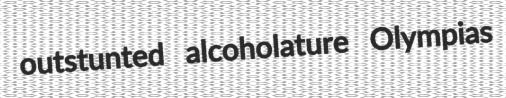
outstunted alcoholature Olympias